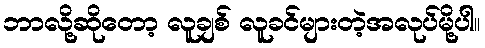
ဘာလို့ဆိုတော့ လူချစ် လူခင်များတဲ့အလုပ်မို့ပါ။